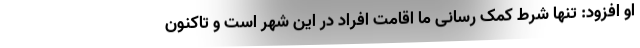
او افزود: تنها شرط کمک رسانی ما اقامت افراد در این شهر است و تاکنون